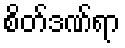
စိတ်ဒဏ်ရာ